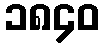
၁၈၄၀